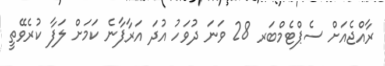
ރާއްޖެއަށް ސެޕްޓެމްބަރ 28 ވަނަ ދުވަހު އުދަ އަރާފާނެ ކަމަށް ލަފާ ކުރެވޭތީ